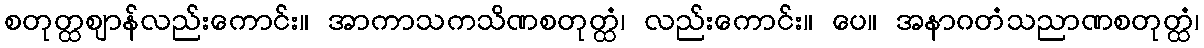
စတုတ္ထဈာန်လည်းကောင်း။ အာကာသကသိဏစတုတ္ထံ၊ လည်းကောင်း။ ပေ။ အနာဂတံသညာဏစတုတ္ထံ၊